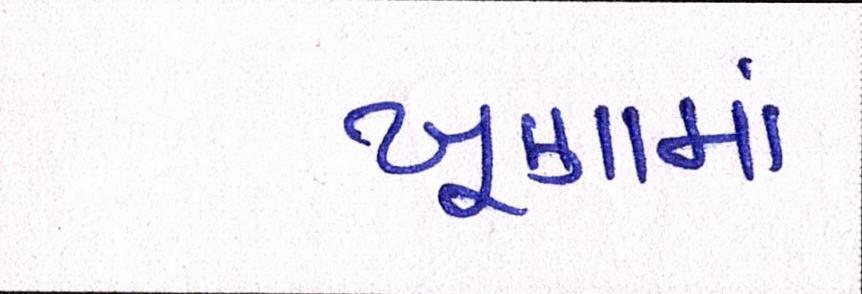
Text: ખૂણામાં